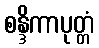
စန္ဒိကာပုတ္တံ